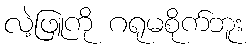
လဲ့ဖြူကို ဂရုမစိုက်ဘူး